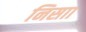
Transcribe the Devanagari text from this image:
निसाा